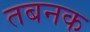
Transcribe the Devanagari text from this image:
तबनक